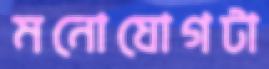
মনোযোগটা